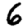
Digit: 6